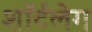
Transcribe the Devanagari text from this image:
शॉर्टलेग